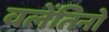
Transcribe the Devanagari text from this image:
वलेंतिनो